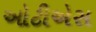
ઓટીએસ